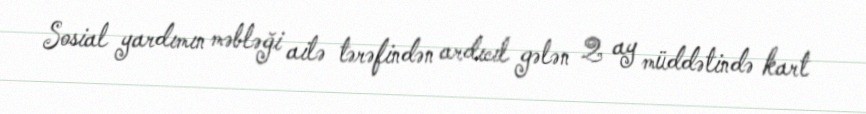
Sosial yardımın məbləği ailə tərəfindən ardıcıl gələn 2 ay müddətində kart